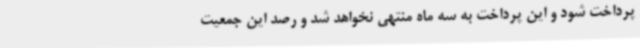
پرداخت شود و این پرداخت به سه ماه منتهی نخواهد شد و رصد این جمعیت